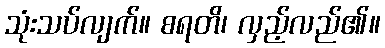
သုံးသပ်လျက်။ စရတိ၊ လှည့်လည်၏။